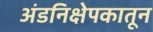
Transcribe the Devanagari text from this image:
अंडनिक्षेपकातून